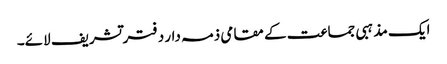
ایک مذہبی جماعت کے مقامی ذمہ دار دفتر تشریف لائے۔